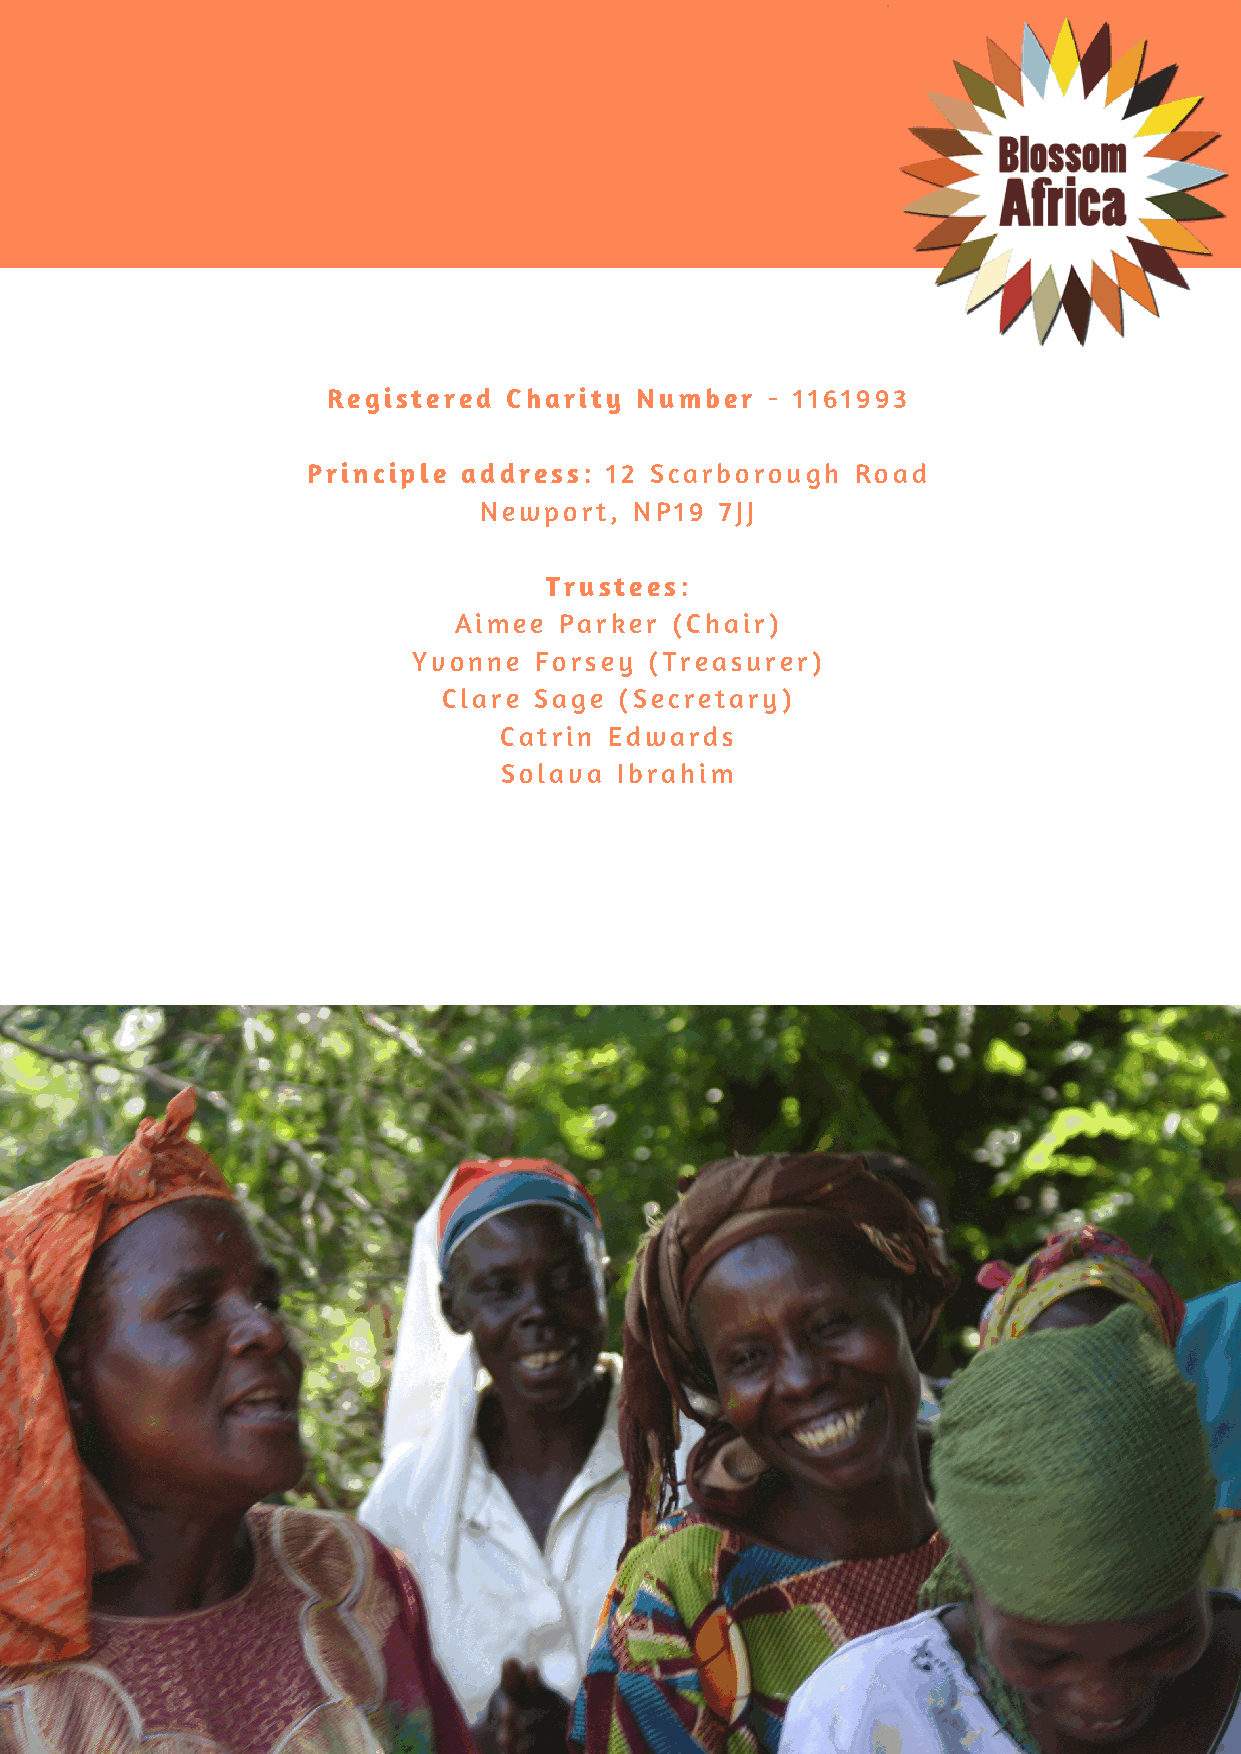
Registered  Charity Number   - 1161993
 Principle  address: 12 Scarborough   Road
 Newport,  NP19  7JJ
 Trustees:
 Aimee  Parker (Chair)
 Yvonne  Forsey  (Treasurer)
 Clare Sage  (Secretary)
 Catrin Edwards
 Solava  Ibrahim